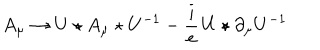
A _ { \mu } \rightarrow U \star A _ { \mu } \star U ^ { - 1 } - \frac { i } { e } \, U \star \partial _ { \mu } U ^ { - 1 }